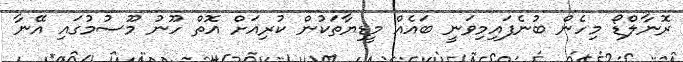
ރޮނާލްޑޯ މިހެން ބުނެފައިމިވަނީ ބައެއް މީޑިޔާތަކުން ކުރިއަށް އޮތް ހޫނު މޫސުމުގައި އޭނާ